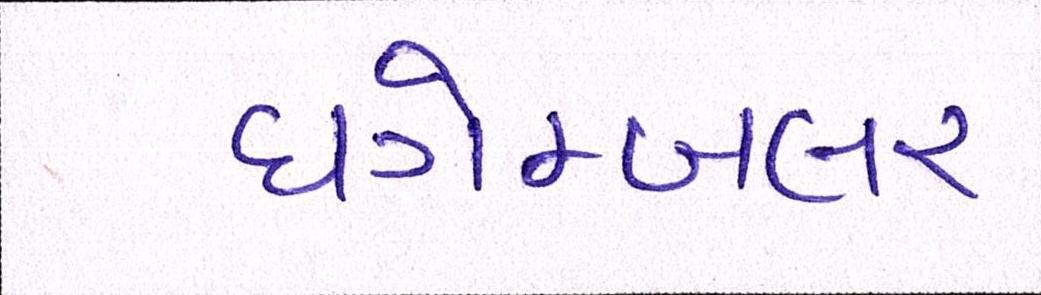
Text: ધગેમ્બલર